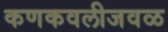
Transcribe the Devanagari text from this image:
कणकवलीजवळ